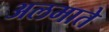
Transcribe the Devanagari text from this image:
अलमाते